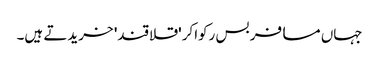
جہاں مسافر بس رکواکر 'قلاقند' خریدتے ہیں۔